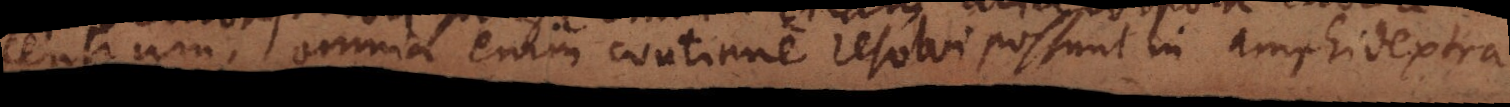
centrum, omnia enim continue resolvi possunt in amphidextra